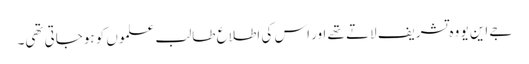
جے این یو وہ تشریف لاتے تھے اور اس کی اطلاع طالب علموں کو ہوجاتی تھی۔